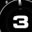
Digit: 3